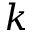
k